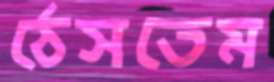
ঠেসতেম